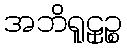
အဘိရူဠှဉ္စ